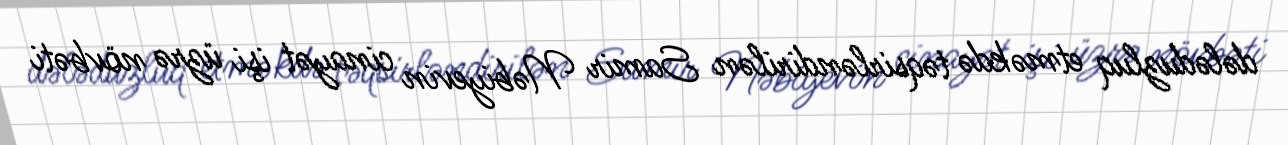
dələduzluq etməkdə təqsirləndirilən Samir Nəbiyevin cinayət işi üzrə növbəti